Indian journal of veterinary science and animal husbandry - Volume 2,
Year: 1932
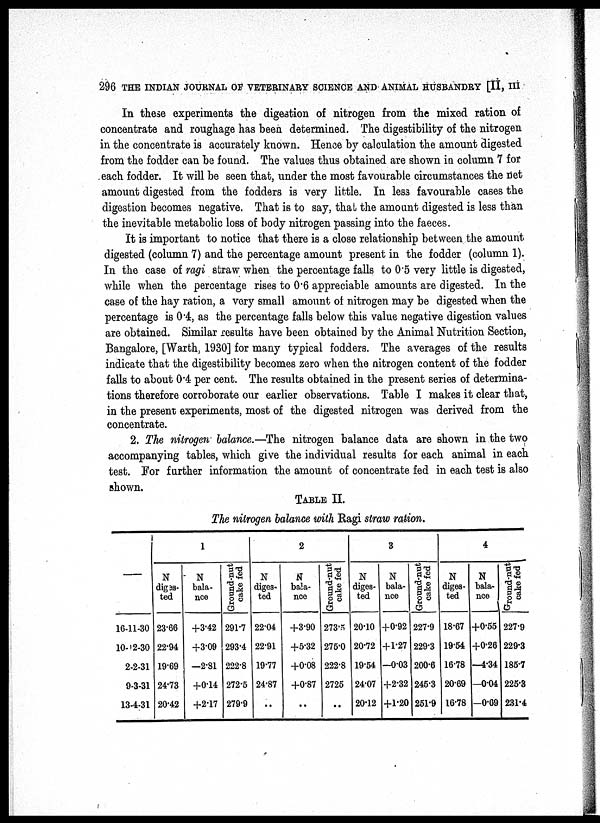
296 THE INDIAN JOURNAL OF VETERINARY SCIENCE AND ANIMAL HUSBANDRY [II, III
In these experiments the digestion of nitrogen from the mixed ration of
concentrate and roughage has been determined. The digestibility of the nitrogen
in the concentrate is accurately known. Hence by calculation the amount digested
from the fodder can be found. The values thus obtained are shown in column 7 for
each fodder. It will be seen that, under the most favourable circumstances the net
amount digested from the fodders is very little. In less favourable cases the
digestion becomes negative. That is to say, that the amount digested is less than
the inevitable metabolic loss of body nitrogen passing into the faeces.
It is important to notice that there is a close relationship between the amount
digested (column 7) and the percentage amount present in the fodder (column 1).
In the case of ragi straw when the percentage falls to 0.5 very little is digested,
while when the percentage rises to 0.6 appreciable amounts are digested. In the
case of the hay ration, a very small amount of nitrogen may be digested when the
percentage is 0.4, as the percentage falls below this value negative digestion values
are obtained. Similar results have been obtained by the Animal Nutrition Section,
Bangalore, [Warth, 1930] for many typical fodders. The averages of the results
indicate that the digestibility becomes zero when the nitrogen content of the fodder
falls to about 0.4 per cent. The results obtained in the present series of determina-
tions therefore corroborate our earlier observations. Table I makes it clear that,
in the present experiments, most of the digested nitrogen was derived from the
concentrate.
2. The nitrogen balance.—The nitrogen balance data are shown in the two
accompanying tables, which give the individual results for each animal in each
test. For further information the amount of concentrate fed in each test is also
shown.
TABLE II.
The nitrogen balance with Ragi straw ration.
—
16-11-30
10-12-30
2-2-31
9-3-31
13-4-31
1
N
diges¬
ted
23.66
22.94
19.69
24.73
20.42
N
bala-
nce
+3.42
+3.09
—2.81
+0.14
+2.17
Ground-nut
cake fed
291.7
293.4
222.8
272.5
279.9
2
N
diges-
ted
22.04
22.91
19.77
24.87
..
N
bala-
nce
+3.90
+5.32
+0.08
+0.87
..
Ground-nut
cake fed
273.5
275.0
222.8
2725
..
3
N
diges-
ted
20.10
20.72
19.54
24.07
20.12
N
bala-
nce
+0.92
+1.27
—0.03
+2.32
+l.20
Ground-nut
cake fed
227.9
229.3
200.6
245.3
251.9
4
N
diges-
ted
18.67
19.54
16.78
20.69
16.78
N
bala-
nce
+0.55
+0.26
—4.34
—0.04
—0.69
Ground-nut
cake fed
227.9
229.3
185.7
225.3
231.4